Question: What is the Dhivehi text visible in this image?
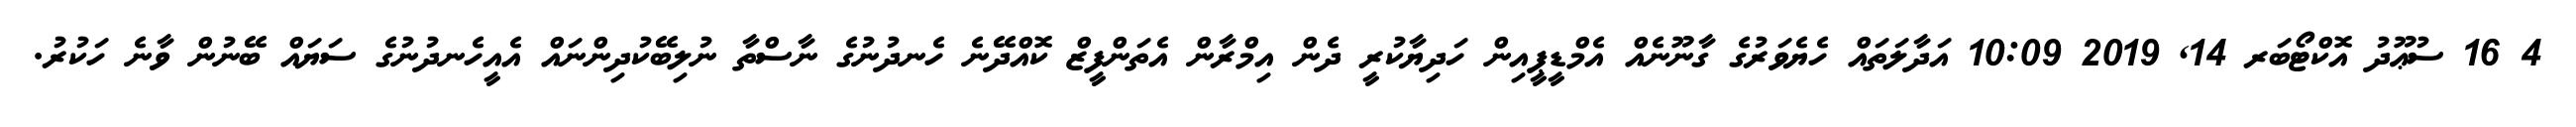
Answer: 4 16 ސުޢޫދު އޮކްޓޯބަރ 14, 2019 10:09 އަދާލަތައް ހެޔެވަރުގެ ގާނޫނެއް އެމްޑީޕީއިން ހަދިޔާކުރީ ދެން އިމްރާން އެތަންފީޒް ކޮއްދޭނެ ހެނދުނުގެ ނާސްތާ ނުލިބޭކުދިންނައް އެއީހެނދުނުގެ ސަޔައް ބޭނުން ވާނެ ހަކުރު.